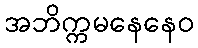
အဘိက္ကမနေနေဝ